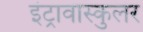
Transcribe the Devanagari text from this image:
इंट्रावास्कुलर